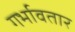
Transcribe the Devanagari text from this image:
गर्भावतार